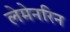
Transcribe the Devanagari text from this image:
लेमेनरिन